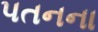
પતનના